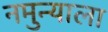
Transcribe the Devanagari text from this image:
नमुन्याला